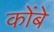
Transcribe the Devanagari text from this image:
कोंबे